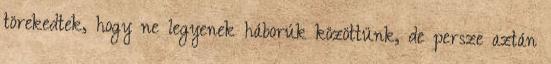
törekedtek, hogy ne legyenek háborúk közöttünk, de persze aztán